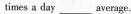
times a day___average.